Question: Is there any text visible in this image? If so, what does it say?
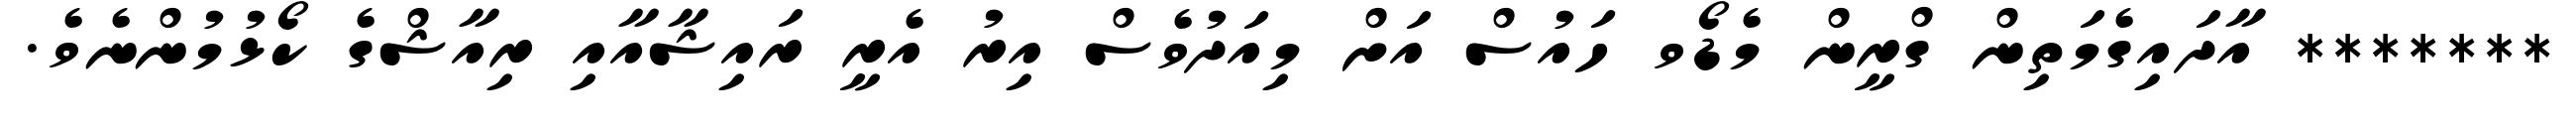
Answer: ******* އާދައިގެމަތިން ގްރީން މެޑޯވ ހައުސް އަށް މިއަދުވެސް އިރު އެރީ ރައިޝާއާއި ރިއާޝްގެ ކޯޅުމުންނެވެ.